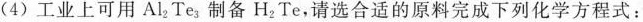
(4)工业上可用Al_{2}Te_{3}制备H_{2}Te，请选合适的原料完成下列化学方程式：